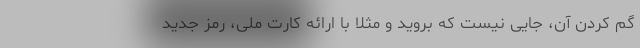
گم کردن آن، جایی نیست که بروید و مثلاً با ارائه کارت ملی، رمز جدید